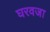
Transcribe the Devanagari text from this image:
घरवजा